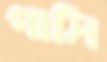
পাসি